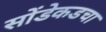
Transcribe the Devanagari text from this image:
सोंडेकडचा